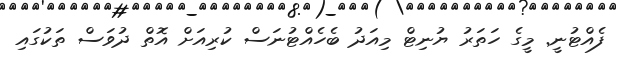
ފެއްޓުނީ